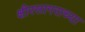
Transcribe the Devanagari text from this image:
क्षीरसागराच्या